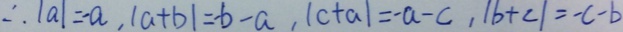
\therefore \vert a \vert = - a , \vert a + b \vert = - b - a , \vert c + a \vert = - a - c , \vert b + c \vert = - c - b